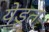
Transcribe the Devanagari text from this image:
येडूत